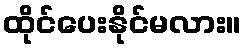
ထိုင်ပေးနိုင်မလား။